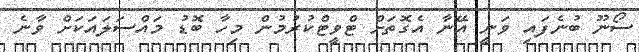
ސޯނޫ ބުނެފައި ވަނީ އޭނާ އެގޮތަށް ޓްވީޓްކުރުމުން މިހާ ބޮޑު މައްސަލައަކަށް ވާނެ